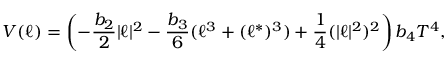
{ { { \cal V } ( \ell ) = \left( - \frac { b _ { 2 } } { 2 } | \ell | ^ { 2 } - \frac { b _ { 3 } } { 6 } ( \ell ^ { 3 } + ( \ell ^ { * } ) ^ { 3 } ) + \frac { 1 } { 4 } ( | \ell | ^ { 2 } ) ^ { 2 } \right) b _ { 4 } T ^ { 4 } } } ,